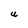
Character: U